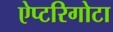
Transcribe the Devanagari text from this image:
ऐप्टरिगोटा